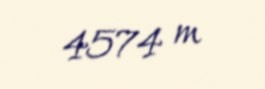
4574 m